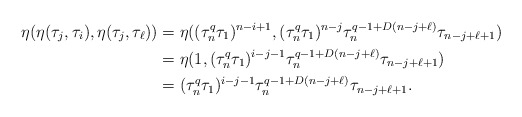
\begin{align*} \eta(\eta(\tau_j, \tau_i),\eta(\tau_j, \tau_\ell))&=\eta((\tau_n^q\tau_1)^{n-i+1}, (\tau_n^q\tau_1)^{n-j}\tau_n^{q-1+D(n-j+\ell)}\tau_{n-j+\ell+1})\\ &=\eta(1,(\tau_n^q\tau_1)^{i-j-1}\tau_n^{q-1+D(n-j+\ell)}\tau_{n-j+\ell+1})\\ &=(\tau_n^q\tau_1)^{i-j-1}\tau_n^{q-1+D(n-j+\ell)}\tau_{n-j+\ell+1}.\end{align*}